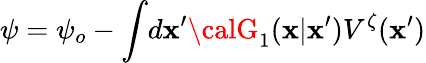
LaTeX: \psi=\psi_{o}-\int\! d\mathbf{x}^{\prime}{\calG}_{1}(\mathbf{x}|\mathbf{x}^{\prime})V^{\zeta}(\mathbf{x}^{\prime})